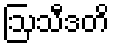
ဩသီဒတိ